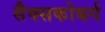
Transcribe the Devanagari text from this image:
सैक्सकोबर्ग